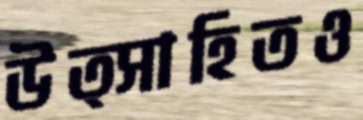
উত্সাহিতও